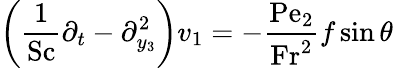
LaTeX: \left(\frac{1}{\mathrm{Sc}}\partial_{t}-\partial_{y_{3}}^{2}\right)v_{1}=-\frac{\mathrm{Pe_{2}}}{\mathrm{Fr}^{2}}f\sin\theta